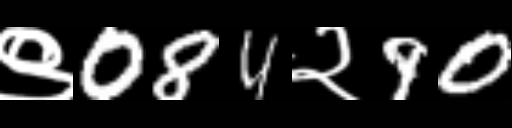
Text: ९084२90